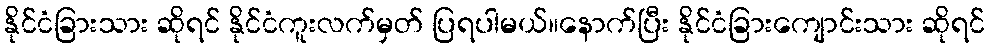
နိုင်ငံခြားသား ဆိုရင် နိုင်ငံကူးလက်မှတ် ပြရပါမယ်။နောက်ပြီး နိုင်ငံခြားကျောင်းသား ဆိုရင်